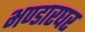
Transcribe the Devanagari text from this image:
भण्डारघर